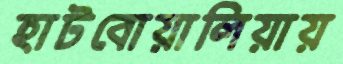
হাটবোয়ালিয়ায়